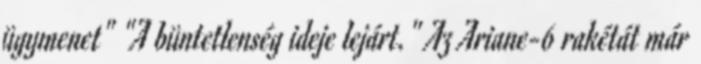
ügymenet" "A büntetlenség ideje lejárt." Az Ariane-6 rakétát már